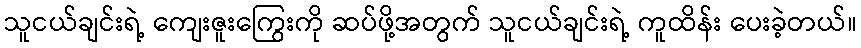
သူငယ်ချင်းရဲ့ ကျေးဇူးကြွေးကို ဆပ်ဖို့အတွက် သူငယ်ချင်းရဲ့ ကူထိန်း ပေးခဲ့တယ်။